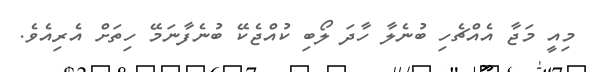
މިއީ މަޖާ އެއްޗެހި ބުނެލާ ހާދަ ލޯބި ކުއްޖެކޭ ބުނެފާނަމޭ ހިތަށް އެރިއެވެ.